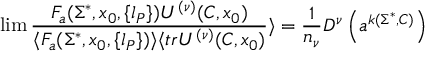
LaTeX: \operatorname * { l i m } { \frac { F _ { a } ( \Sigma ^ { * } , x _ { 0 } , \{ l _ { P } \} ) U ^ { ( \nu ) } ( C , x _ { 0 } ) } { \langle F _ { a } ( \Sigma ^ { * } , x _ { 0 } , \{ l _ { P } \} ) \rangle \langle t r U ^ { ( \nu ) } ( C , x _ { 0 } ) } } \rangle = { \frac { 1 } { n _ { \nu } } } D ^ { \nu } \left( a ^ { k ( \Sigma ^ { * } , C ) } \right)